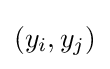
(y_{i},y_{j})